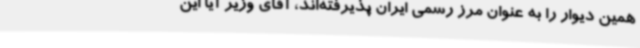
همین دیوار را به عنوان مرز رسمی ایران پذیرفته‌اند، آقای وزیر آیا این